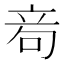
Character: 𥩮